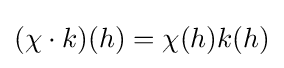
(\chi \cdot k)(h)=\chi (h)k(h)